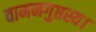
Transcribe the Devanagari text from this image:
वामनगुप्तस्य।